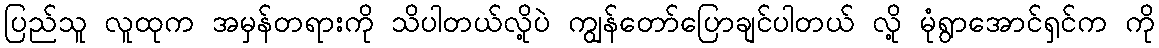
ပြည်သူ လူထုက အမှန်တရားကို သိပါတယ်လို့ပဲ ကျွန်တော်ပြောချင်ပါတယ် လို့ မုံရွာအောင်ရှင်က ကို